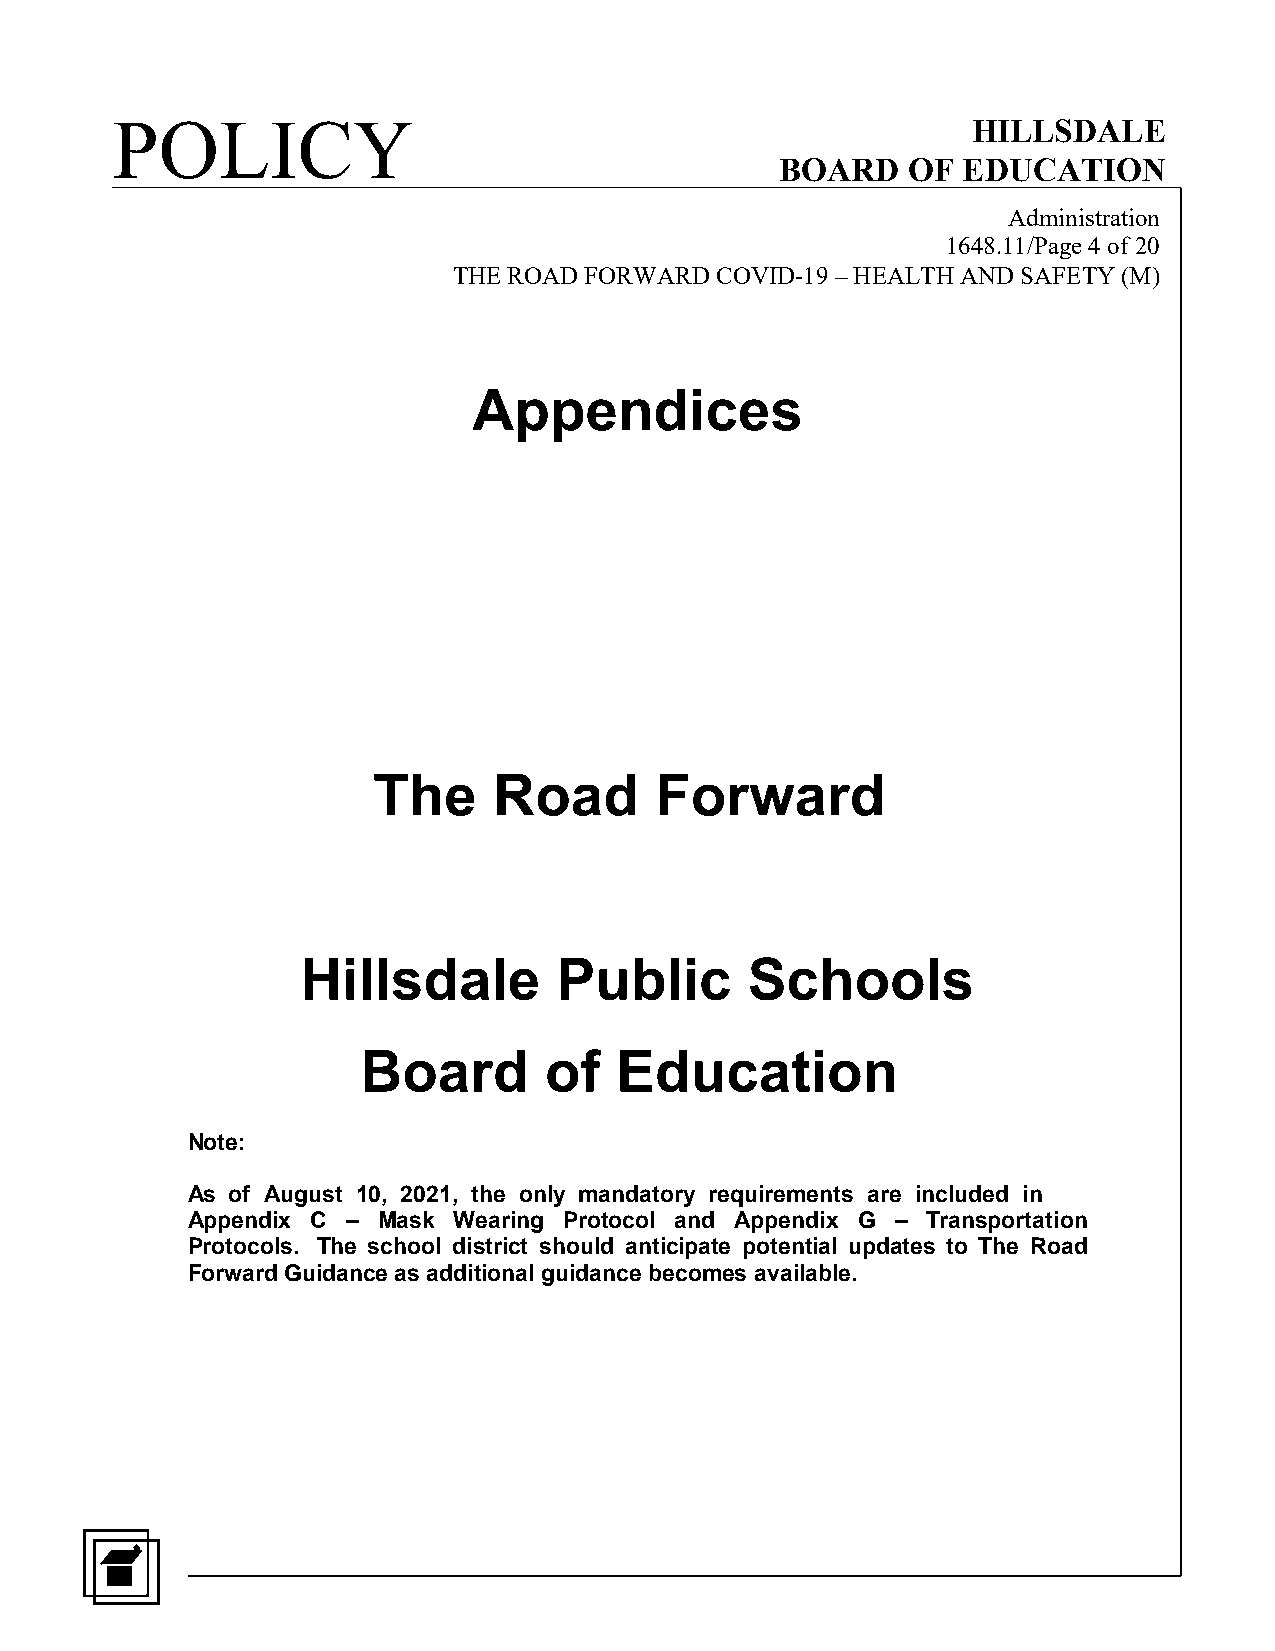
POLICY                                                   HILLSDALE
 BOARD   OF  EDUCATION
 Administration
 1648.11/Page 4 of 20
 THE ROAD FORWARD COVID-19 – HEALTH AND SAFETY (M)
 Appendices
 The     Road      Forward
 Hillsdale        Public       Schools
 Board       of   Education
 Note:
 As of August 10, 2021, the only mandatory requirements are included in
 Appendix C – Mask Wearing Protocol and Appendix G – Transportation
 Protocols. The school district should anticipate potential updates to The Road
 Forward Guidance as additional guidance becomes available.